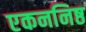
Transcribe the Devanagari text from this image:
एकननिष्ठ